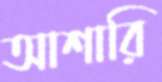
আশারি